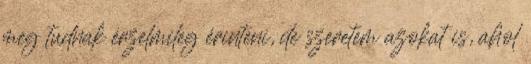
meg tudnak érzelmileg érinteni, de szeretem azokat is, ahol